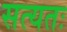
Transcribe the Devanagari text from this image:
सत्यतः